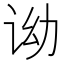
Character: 𬣦